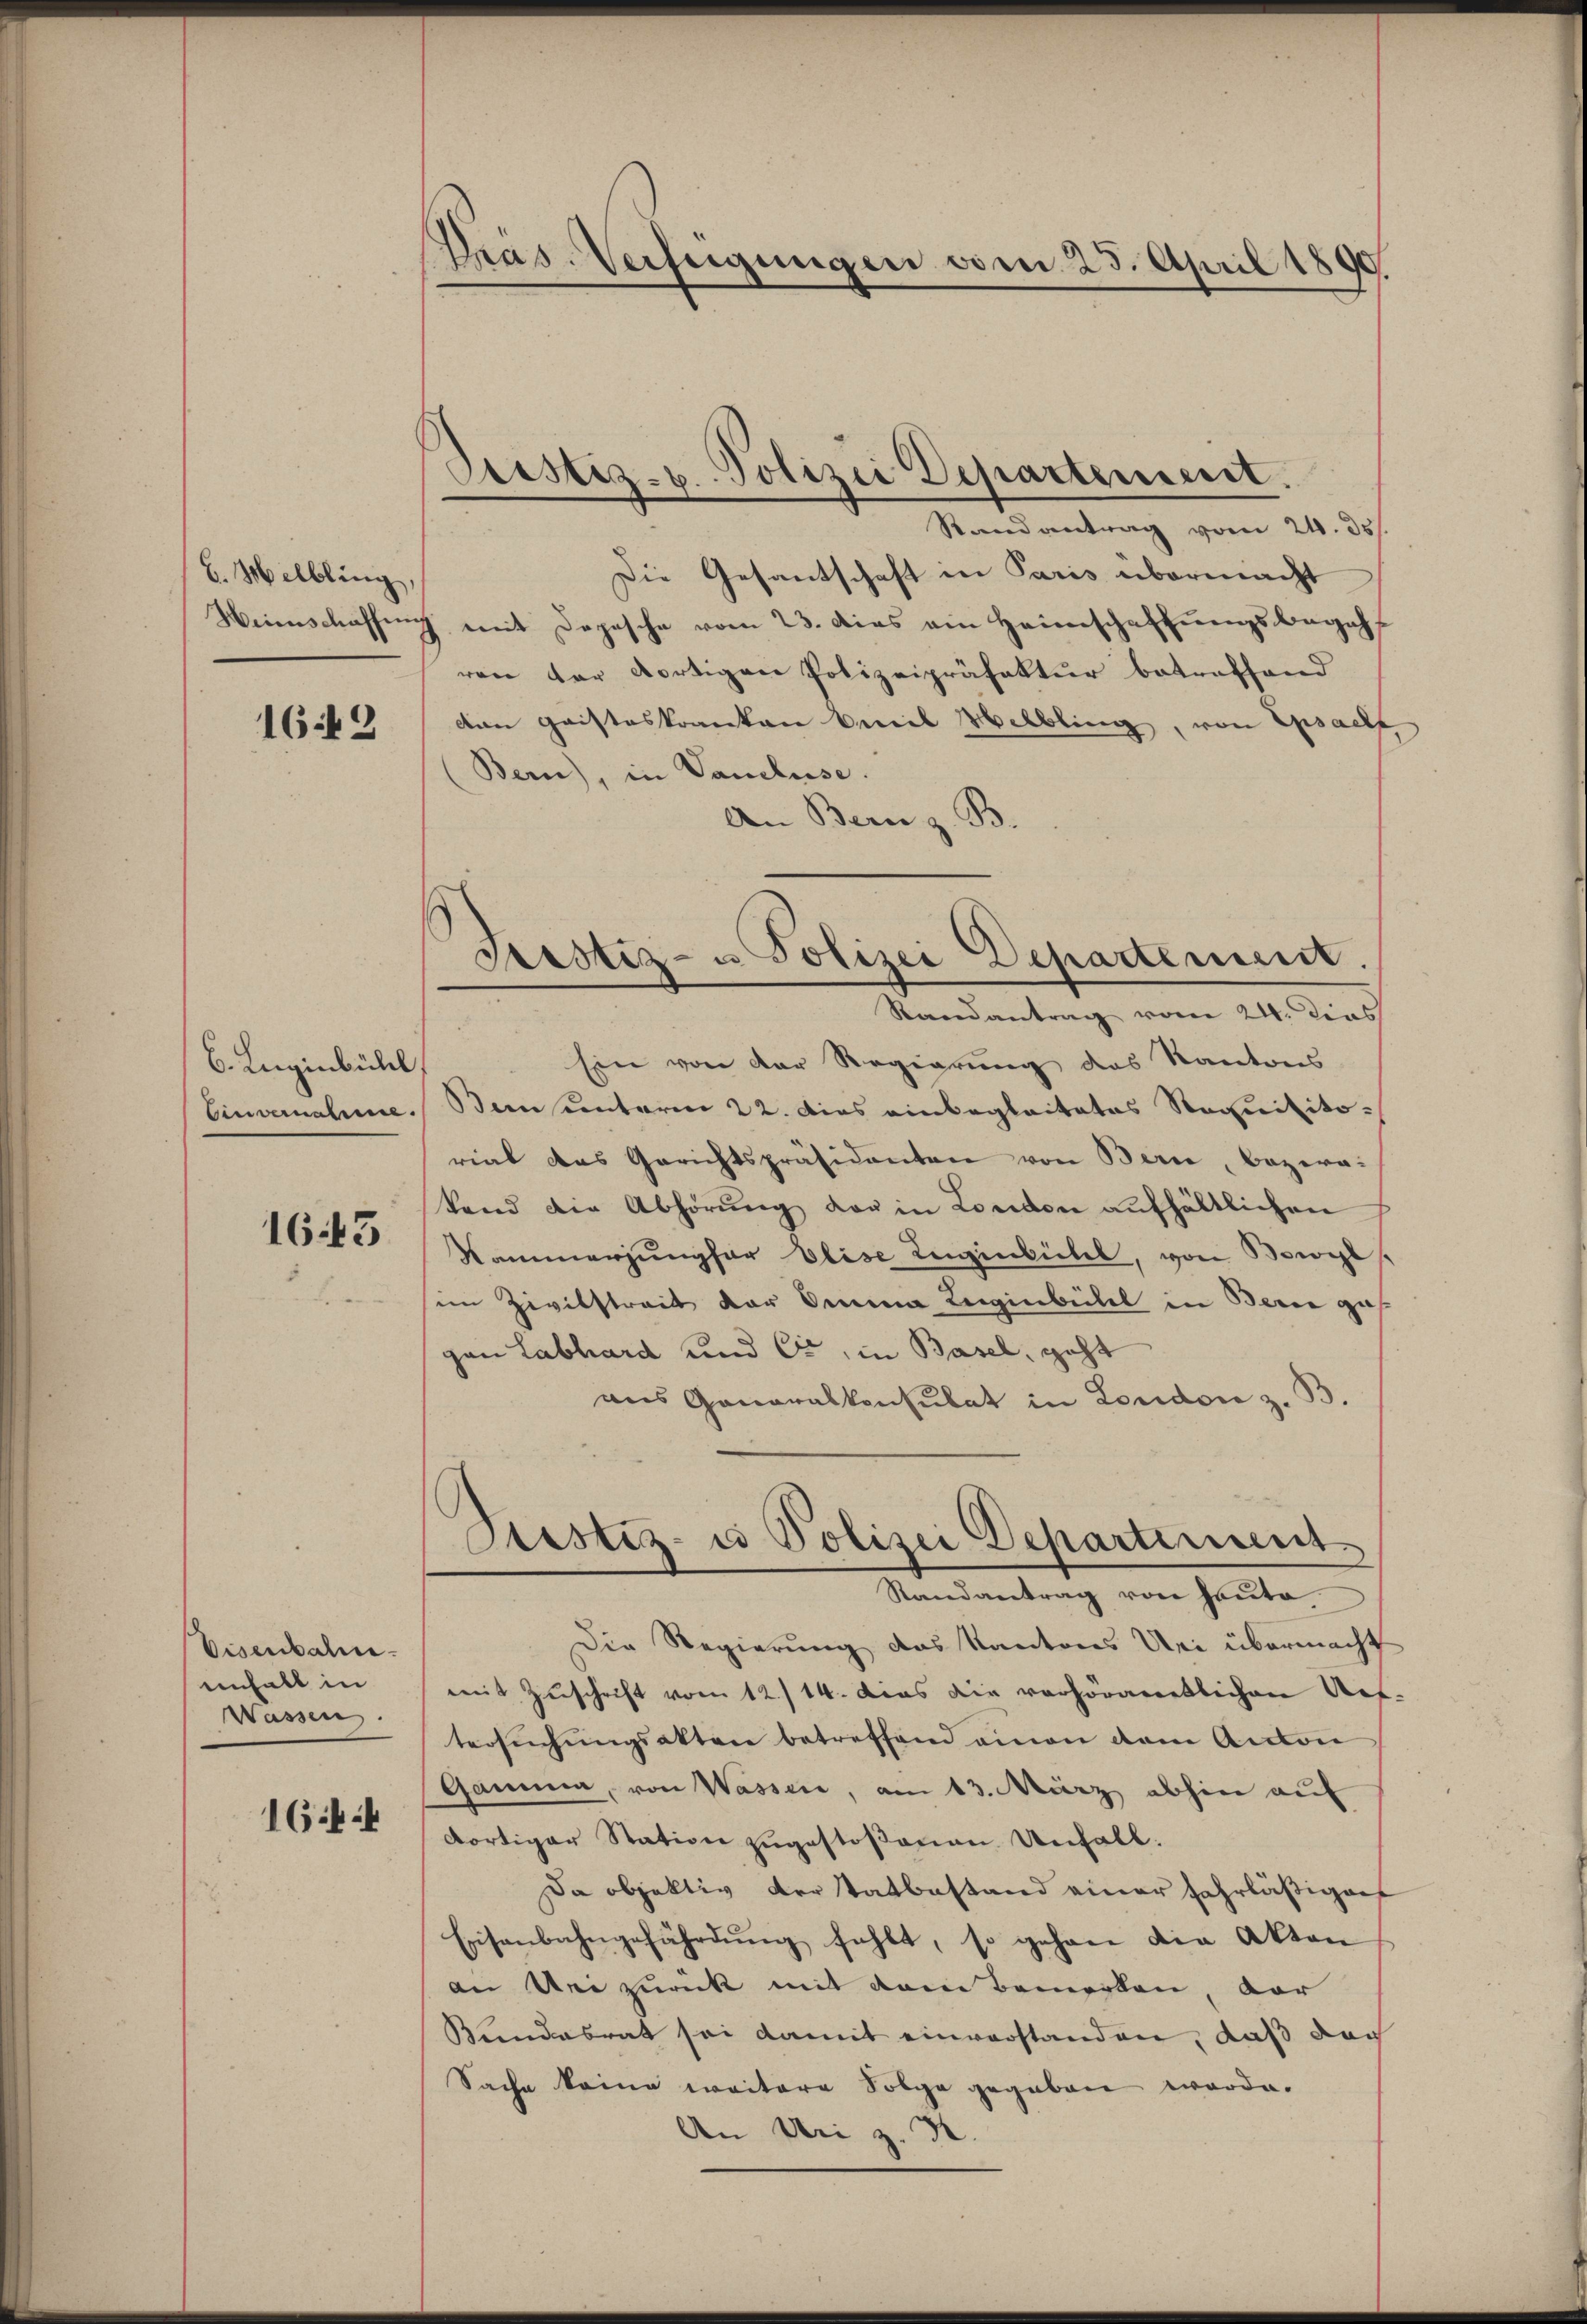
b. Melbling,

1649

b. Luginbühl,
Einvernahme.

1643

Visenbahn.
einhalt in
Wassen.

1644

Präs. Verfügungen vom 25. April 1890.

Pristiz- u. Polizei Departement.
Randantrag vom 24. 35.

Die Gesantschaft in Paris übermacht
Weinschaffung mit Depesche vom 23. dies ein Heimschaffungsbegehr
ren der dortigen Polizeipräfektur betreffend
den Gaisteskranken Vereil Melbling, von Epsaelt
Bern), in Vancluse.
An Bern z. B.
Ein von der Regierung des Kantons
Bainsunteren 22. Dies einbeglaitates Requisitorial das Gerichtspräsidenten von Bern, bezeatand die Abhörŭng der in London aŭfhältlichen
Nammerjungfer Elise Ingenbühel, von Bewil
in Zivilstreit der Seinen Leigenbeitel in Berne ges
gan Labhard und Cr, in Basel, geht
ans Generalkonsulat in London z. B.
Pristiz- u Polizei Departement
Randantrag von heute
Die Regierung das Kantons Uri übermacht
mit Zuschrift vom 12./14. dies die verhöramentlichen Auf
tersuchungsakten betreffend einen dem Anton
Gamma, von Wassen, am 13. März abhin auf
dortiger Station zugestoßenen Unfall.
Da objektiv der Tatbestand einer Fahrläßigens
Eisenbahngefährdung fehlt, so gehen die Akten
an Dei zurück mit dem Bemerken, vor
Kundabrat sei damit einverstanden, daß doch
Sache keine weitere Folge gegeben werde.
An Uri z. B.

Prostiz- u Polizei Departement.
Randantrag vom 24. dies